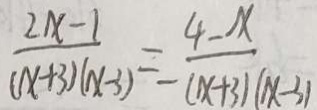
\frac { 2 x - 1 } { ( x + 3 ) ( x - 3 ) } = \frac { 4 - x } { - ( x + 3 ) ( x - 3 ) }